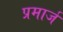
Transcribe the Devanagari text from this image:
प्रमार्ज